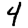
Digit: 4